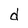
Character: d